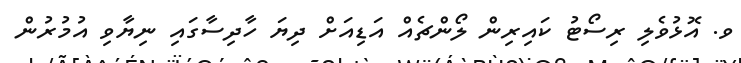
ވ. އޮޅުވެލި ރިސޯޓު ކައިރިން ލޯންޗެއް އަޑިއަށް ދިޔަ ހާދިސާގައި ނިޔާވި އުމުރުން